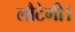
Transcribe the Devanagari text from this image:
लौटेगी।